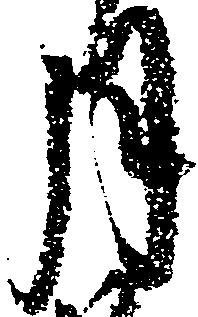
月